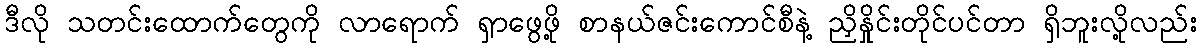
ဒီလို သတင်းထောက်တွေကို လာရောက် ရှာဖွေဖို့ စာနယ်ဇင်းကောင်စီနဲ့ ညှိနှိုင်းတိုင်ပင်တာ ရှိဘူးလို့လည်း